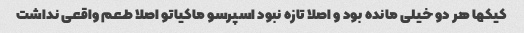
کیکها هر دو خیلی مانده بود و اصلا تازه نبود اسپرسو ماکیاتو اصلا طعم واقعی نداشت